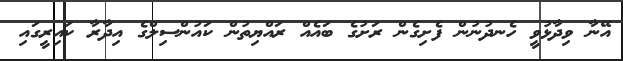
އޭނާ ވިދާޅުވީ ހެނދުނުން ފެށިގެން ރަށުގެ ބައެއް ރައްޔިތުން ކައުންސިލްގެ އިދާރާ ކައިރީގައި